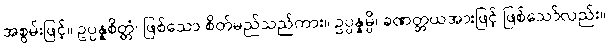
အစွမ်းဖြင့်။ ဥပ္ပန္နစိတ္တံ၊ ဖြစ်သော စိတ်မည်သည်ကား။ ဥပ္ပန္နမ္ပိ၊ ခဏတ္တယအားဖြင့် ဖြစ်သော်လည်း။